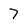
Character: 7